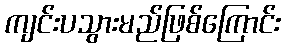
ကျင်းပသွားမည်ဖြစ်ကြောင်း